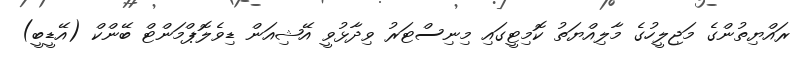
ރައްޔިތުންގެ މަޖިލީހުގެ މާލިއްޔަތު ކޮމިޓީގައި މިނިސްޓަރު ވިދާޅުވީ އޭޝިއަން ޑިވެލޮޕްމަންޓް ބޭންކް (އޭޑީބީ)